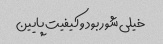
خیلی شور بود و کیفیت پایین